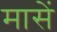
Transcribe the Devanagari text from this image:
मासें